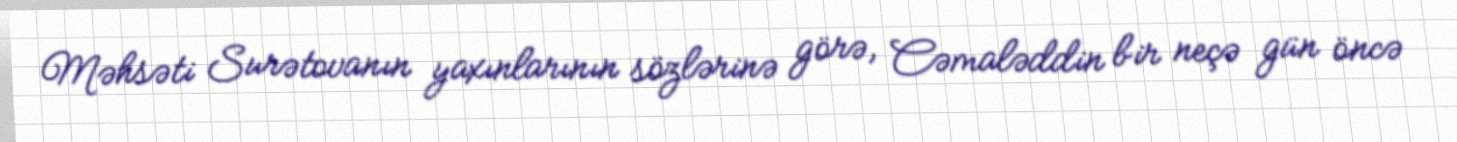
Məhsəti Surətovanın yaxınlarının sözlərinə görə, Cəmaləddin bir neçə gün öncə